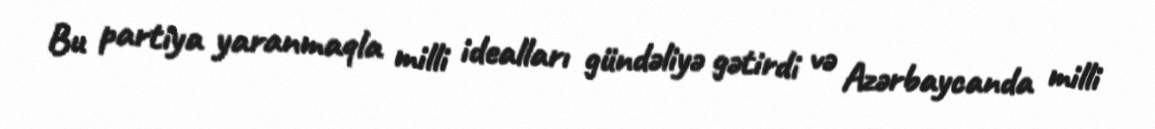
Bu partiya yaranmaqla milli idealları gündəliyə gətirdi və Azərbaycanda milli